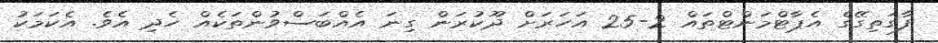
ފާގަތިގޭގެ އެޕާޓްމަންޓްތައް 2-25 އަހަރަށް ދޫކުރަން ގިނަ އެއްބަސްވުންތަކެއް ހެދި އެވެ. އެކަމަކު